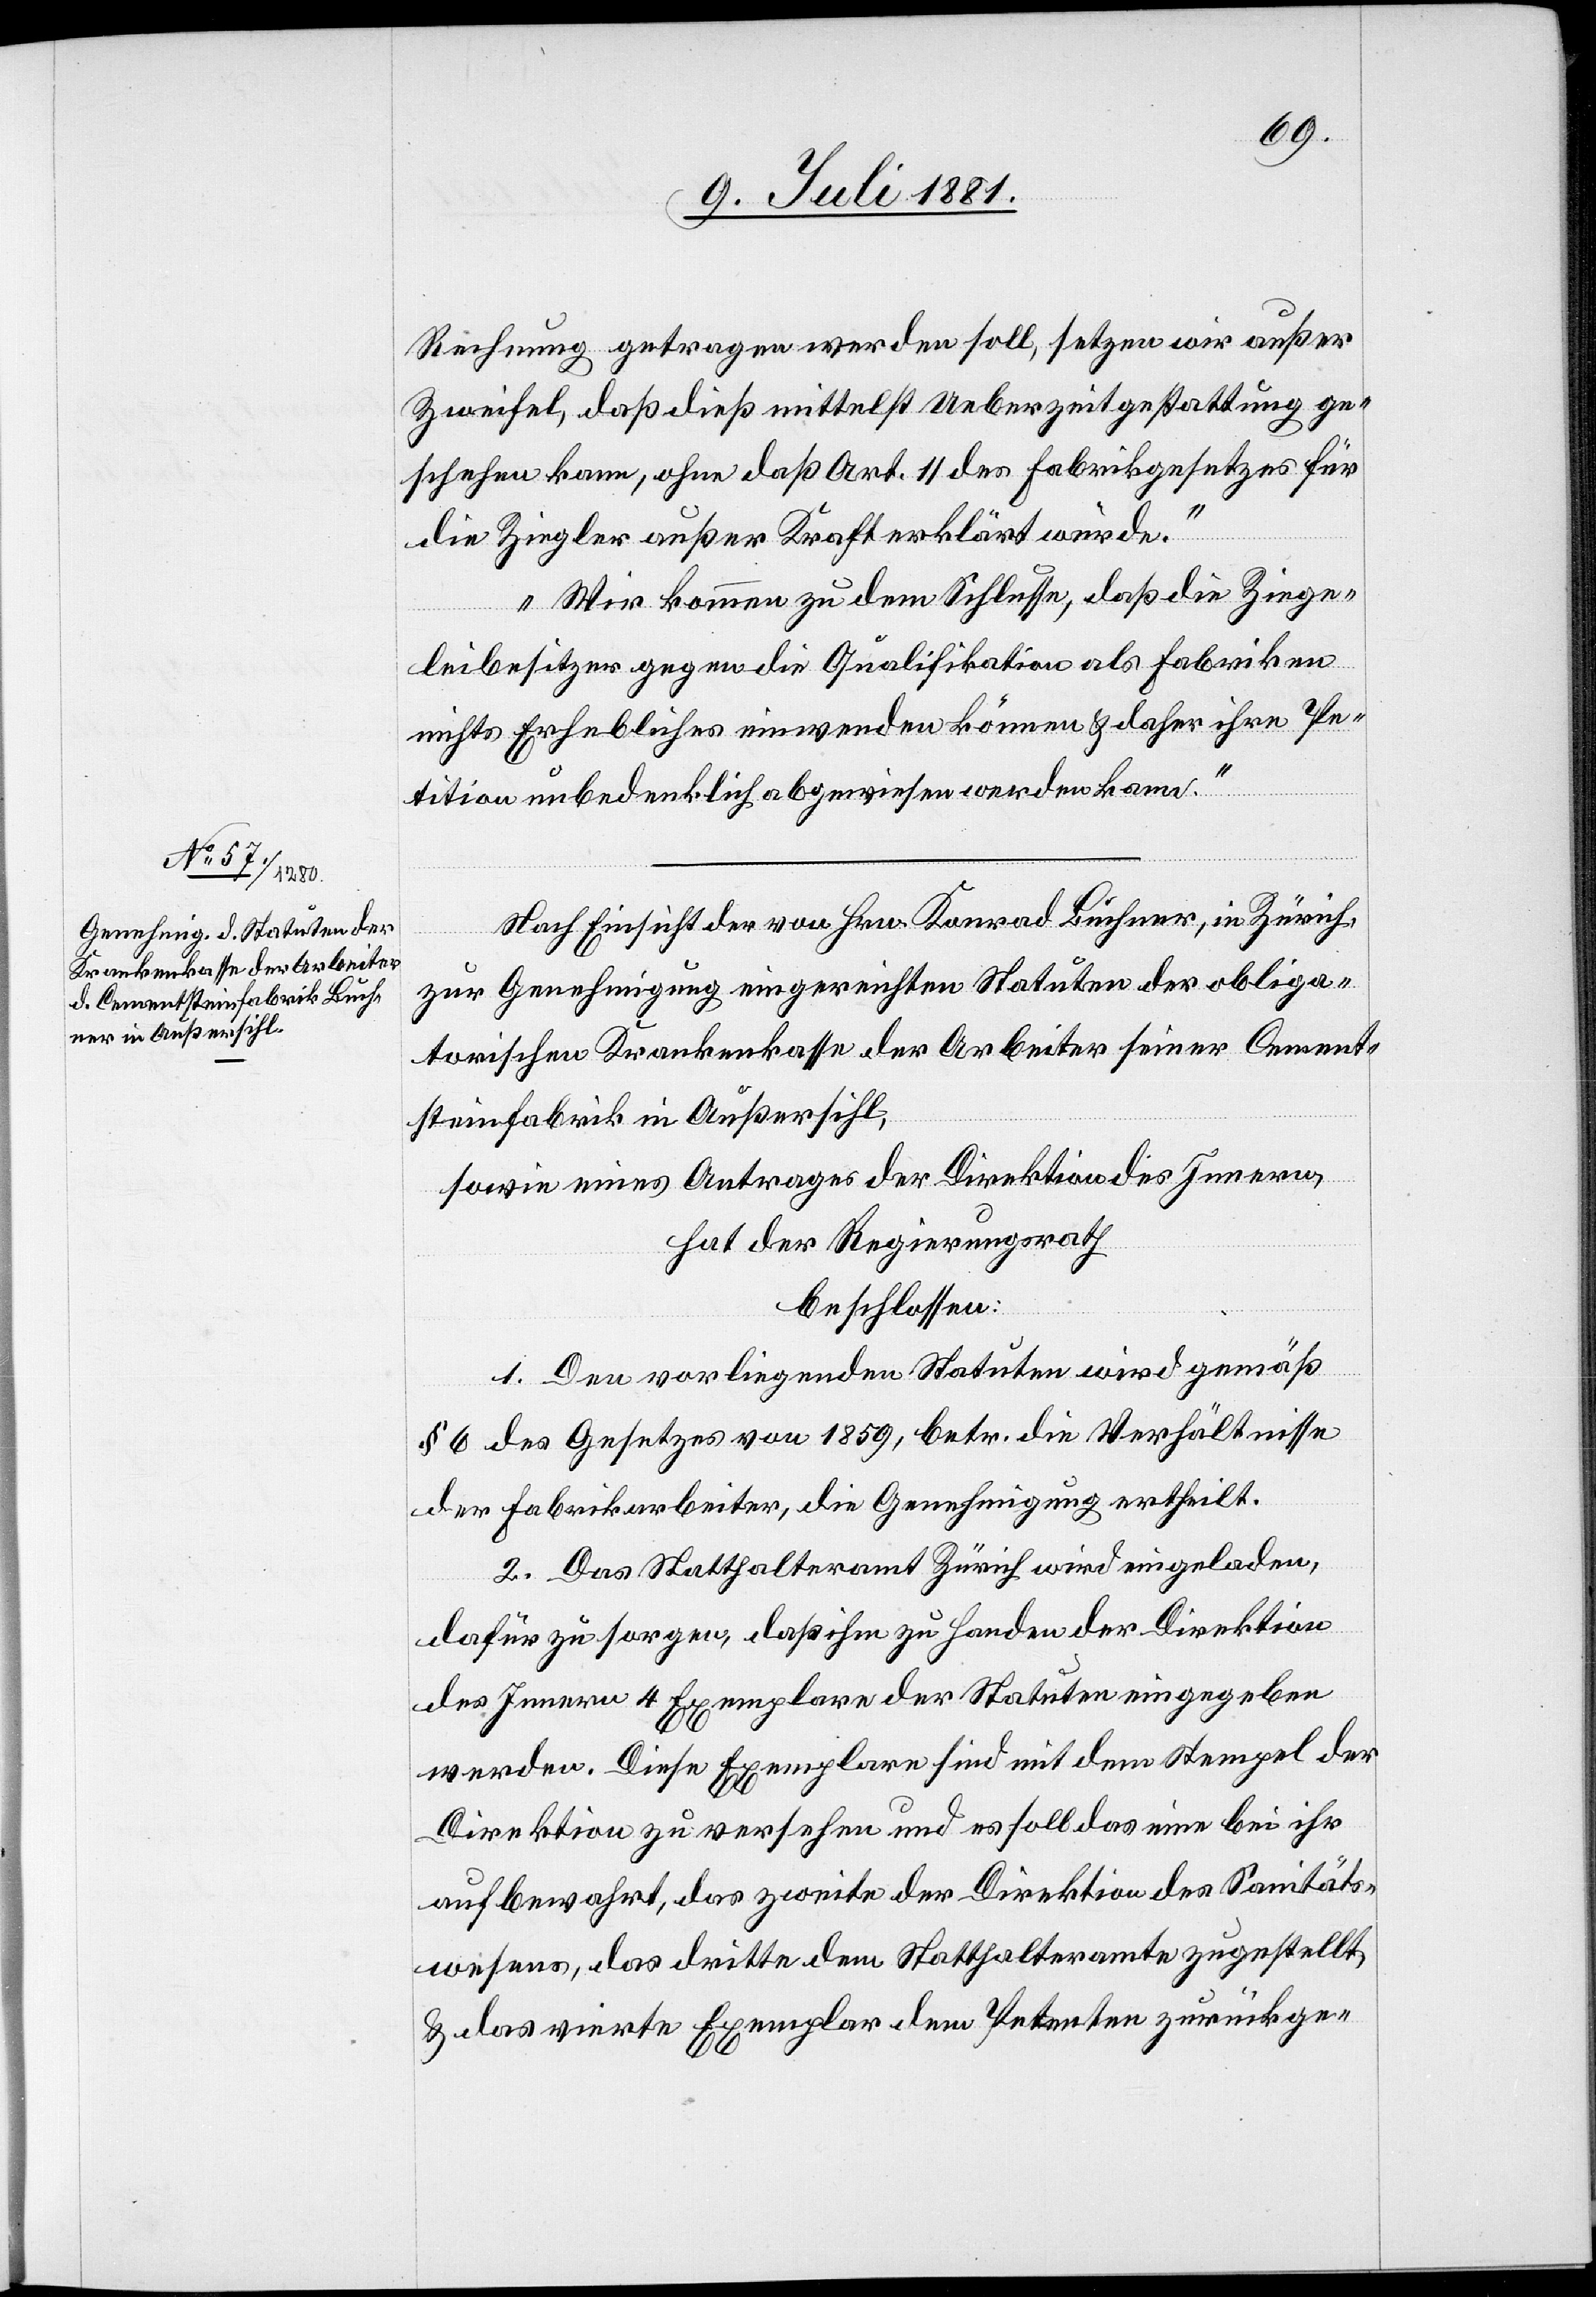
Rechnung getragen werden soll, setzen wir außer
Zweifel, daß dieß mittelst Ueberzeitgestattung ge¬
schehen kann, ohne daß Art. 11 des Fabrikgesetzes für
die Ziegler außer Kraft erklärt würde.
Wir kommen zu dem Schlusse, daß die Ziege¬
leibesitzer gegen die Qualifikation als Fabriken
nichts Erhebliches einwenden können & daher ihre Pe¬
tition unbedenklich abgewiesen werden kann.“
Nach Einsicht der von Hrn. Konrad Buchner, in Zürich,
zur Genehmigung eingereichten Statuten der obliga¬
torischen Krankenkasse der Arbeiter seiner Cemen¬
tfabrik in Außersihl,
sowie eines Antrages der Direktion des Innern,
hat der Regierungsrath
beschlossen:
1. Den vorliegenden Statuten wird gemäß
§ 6 des Gesetzes von 1859, betr. die Verhältnisse
der Fabrikarbeiter, die Genehmigung ertheilt.
2. Das Statthalteramt Zürich wird eingeladen,
dafür zu sorgen, daß ihm zu Handen der Direktion
des Innern 4 Exemplare der Statuten eingegeben
werden. Diese Exemplare sind mit dem Stempel der
Direktion zu versehen und es soll das eine bei ihr
aufbewahrt, das zweite der Direktion des Sanitäts¬
wesens, das dritte dem Statthalteramte zugestellt
& das vierte Exemplar dem Petenten zurückge-